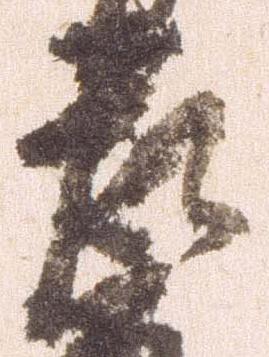
左